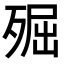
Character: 𣨢